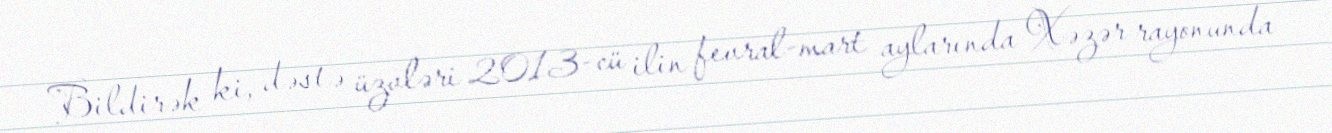
Bildirək ki, dəstə üzvləri 2013-cü ilin fevral-mart aylarında Xəzər rayonunda